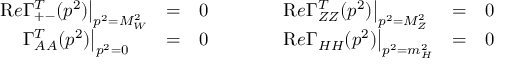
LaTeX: \begin{array} { l c c c l c c } { { { \mathrm R e } \Gamma _ { + - } ^ { T } ( p ^ { 2 } ) \big | _ { p ^ { 2 } = M _ { W } ^ { 2 } } } } & { { = } } & { { 0 } } & { { \qquad } } & { { { \mathrm R e } \Gamma _ { Z Z } ^ { T } ( p ^ { 2 } ) \big | _ { p ^ { 2 } = M _ { Z } ^ { 2 } } } } & { { = } } & { { 0 } } \\ { { \phantom { \mathrm R e } \Gamma _ { A A } ^ { T } ( p ^ { 2 } ) \big | _ { p ^ { 2 } = 0 } } } & { { = } } & { { 0 } } & { { \qquad } } & { { { \mathrm R e } \Gamma _ { H H } ( p ^ { 2 } ) \big | _ { p ^ { 2 } = m _ { H } ^ { 2 } } } } & { { = } } & { { 0 } } \end{array}